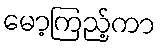
မော့ကြည့်ကာ